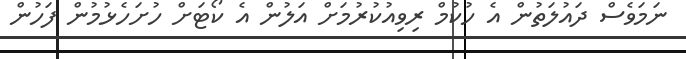
ނަމަވެސް ދައުލަތުން އެ ހުކުމް ރިވިއުކުރުމަށް އަލުން އެ ކޯޓަށް ހުށަހެޅުމުން ފަހުން